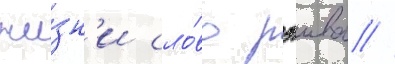
жи́зн'и сло́во рэива //